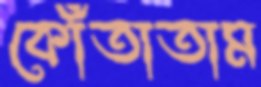
কোঁতাতাম